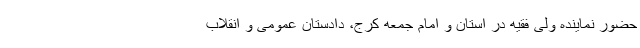
حضور نماینده ولی فقیه در استان و امام جمعه کرج، دادستان عمومی و انقلاب